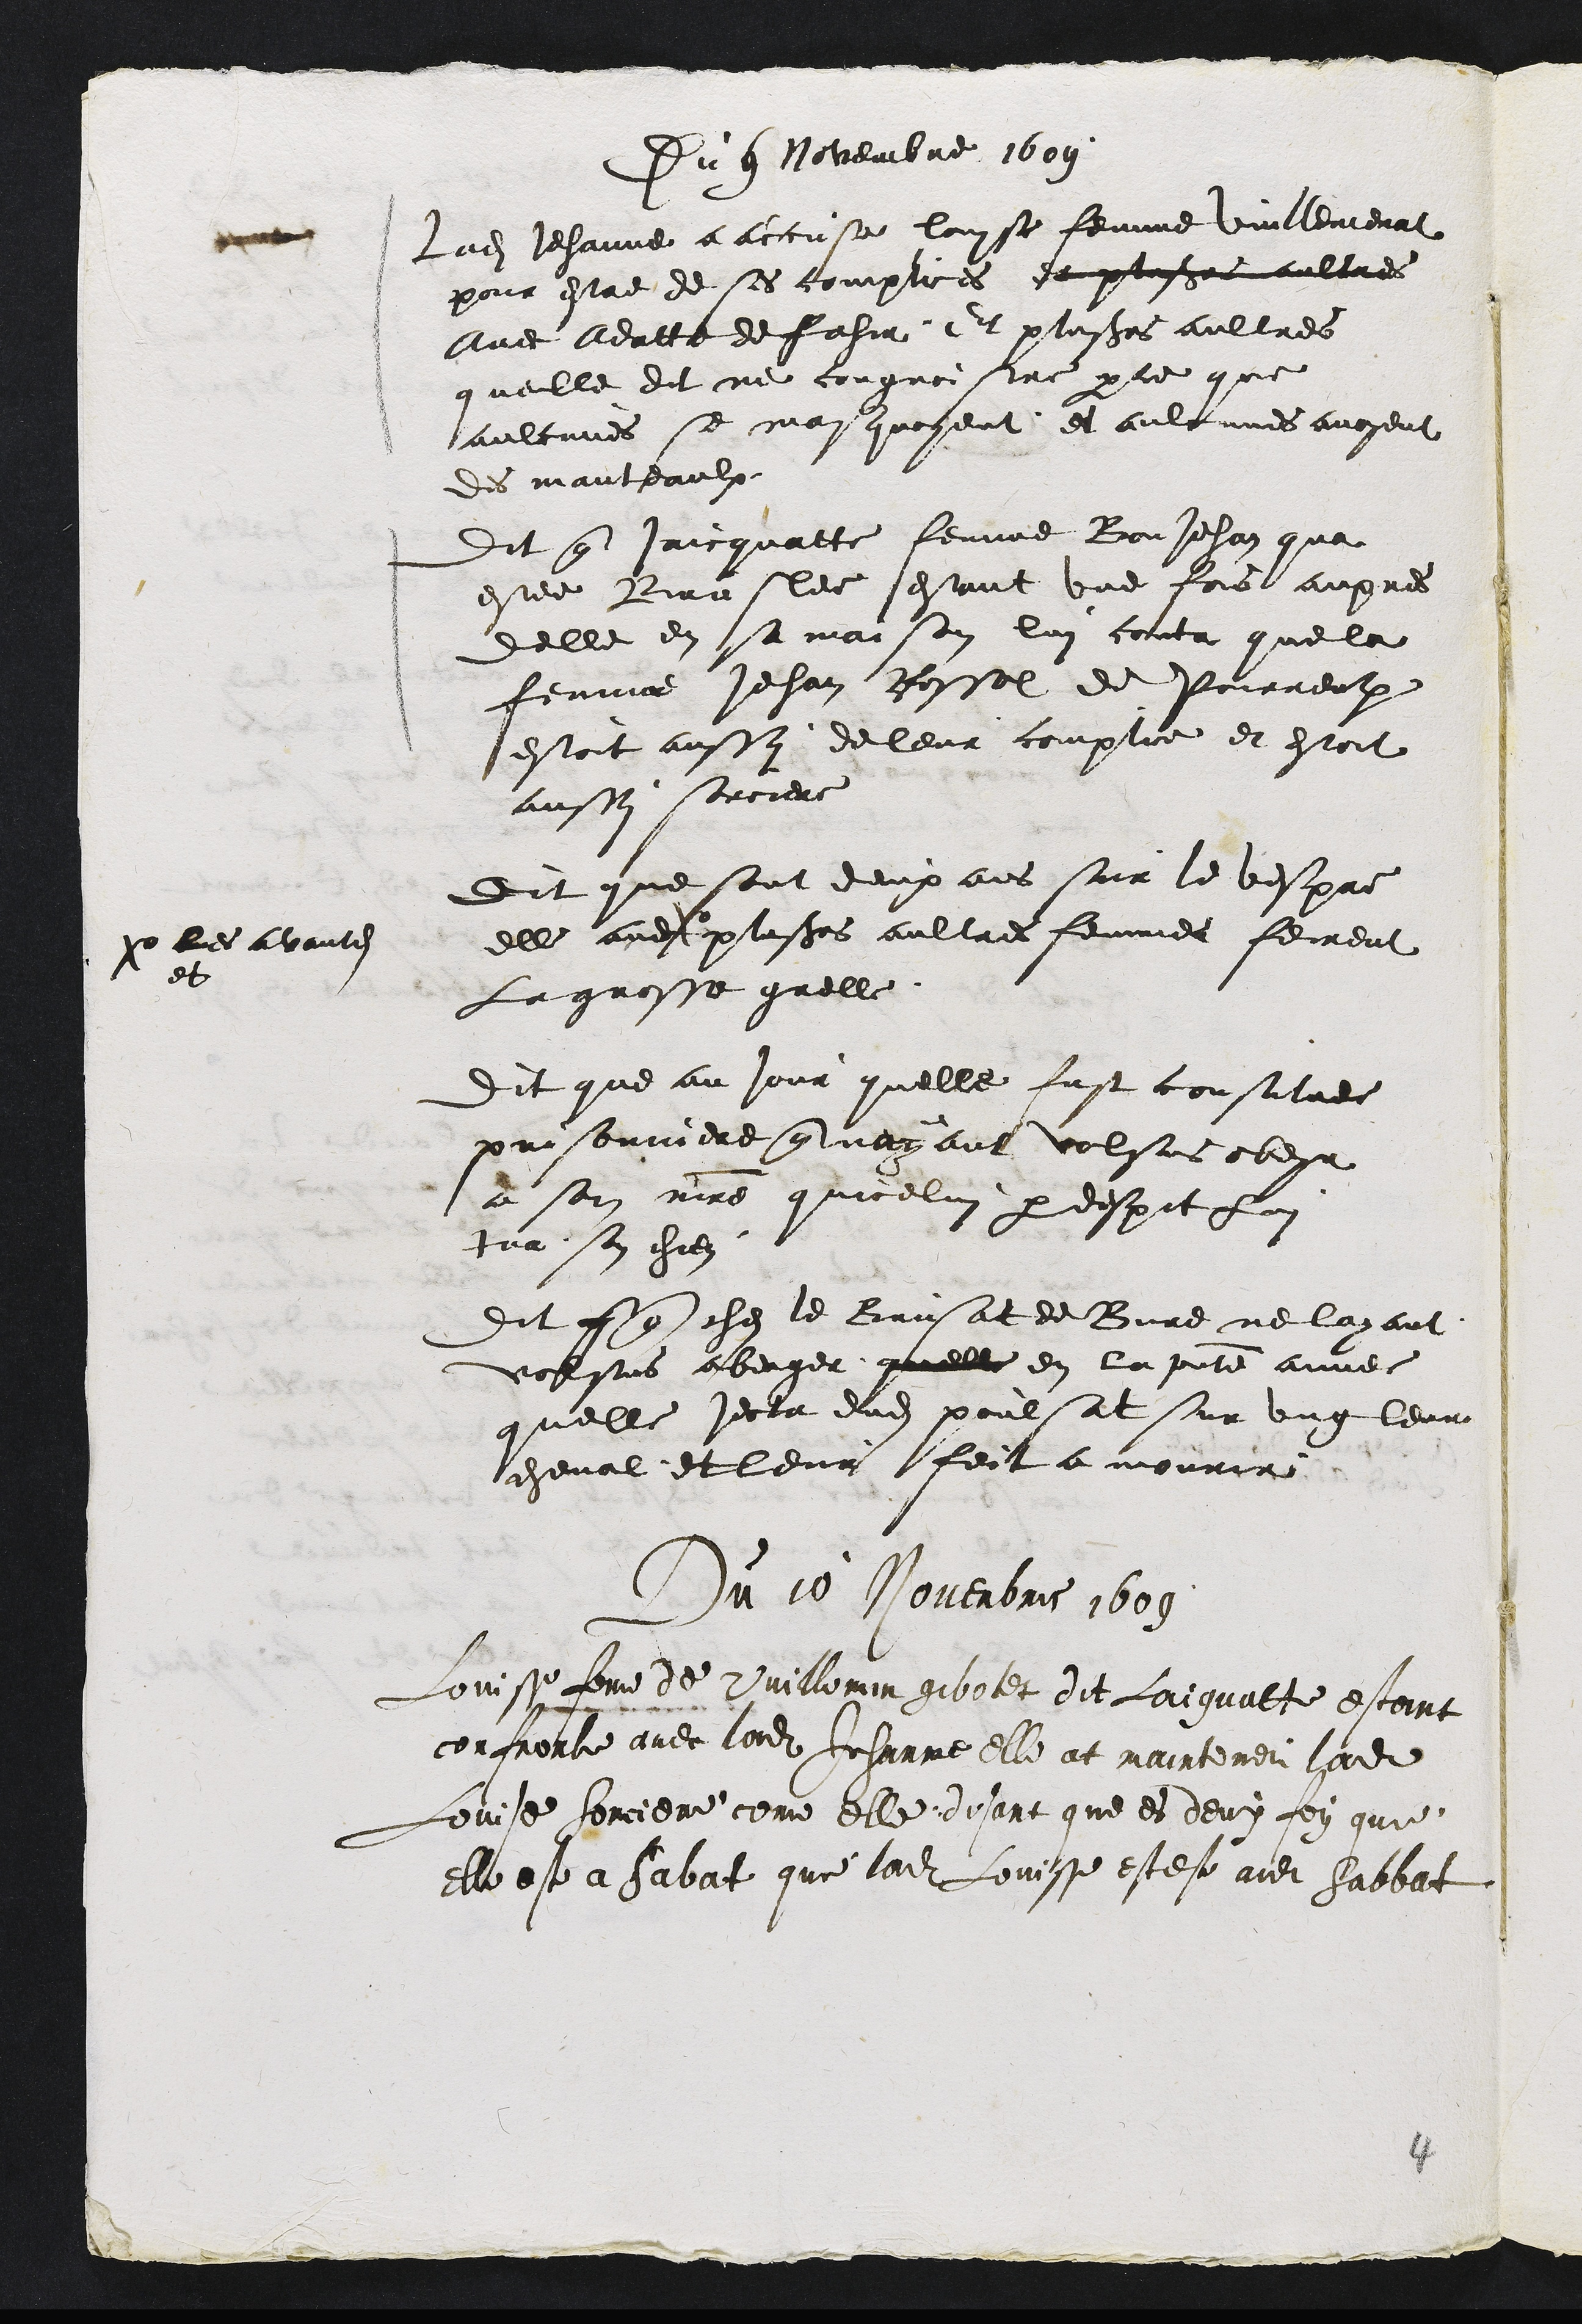
Du que Novembre 1609
Ladite Jehanne a accuse louse femme vilemenat
pour estre de ses complices deplusieurs aultres
Avec Adatte de fahir Et plusieurs aultres
quelle dit ne cougnoistre par ce que
aulcunes se may quoyent et aulcunes avoyent
Des manteaulx
Dit que Jaicquatte femme Bou Jehan qua
estee Bruslee estant une fois aupres
delle en sa maison lui conta que la
femme Jehan Rossel de Pourrent
estoit aussy de leur complice et estoit
aussy sorciere
Dit que sont deux ans sur le vespre
elle and plusieurs aultres femmes fement
a les avantdits
et
La grosse grelle
Dit que au jour quelle fust consitre
prisonniere que neyant volsus ber
a son maitre quicelui par despit Lui
tua son chien
Dit que ches le Brusat de Bure ne layant
volsus aberger quelle en la pente annee
quelle jecta dudit poulsat sur ung leur
cheval et leur feit a mourir
Du 10 Norerbre 1609
Loise femme de maillongnoit dit faiguatte estoit
conferbe avec torde Jeharce elle at mainteneu arde
Loue torene ou elle diant que es deux fen qui
elle et a Sabat que la fois estee et habat